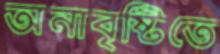
অনাবৃষ্টিতে